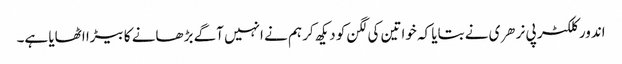
اندور کلکٹر پی نرهری نے بتایا کہ خواتین کی لگن کو دیکھ کر ہم نے انہیں آگے بڑھانے کا بیڑا اٹھایا ہے۔